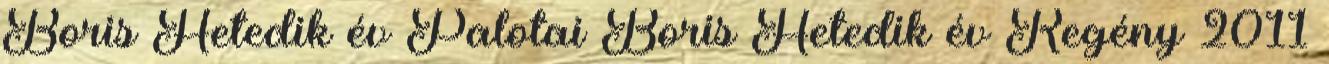
Boris Hetedik év Palotai Boris Hetedik év Regény 2011